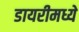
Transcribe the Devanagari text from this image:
डायरीमध्ये